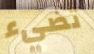
تضيء